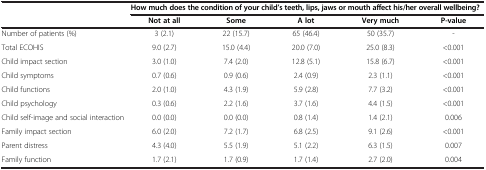
|  | <COLSPAN=5> How much does the condition of your child’s teeth, lips, jaws or mouth affect his/her overall wellbeing? |
 |  | Not at all | Some | A lot | Very much | P-value |
 | --- | --- | --- | --- | --- | --- |
 | Number of patients (%) | 3 (2.1) | 22 (15.7) | 65 (46.4) | 50 (35.7) | - |
 | Total ECOHIS | 9.0 (2.7) | 15.0 (4.4) | 20.0 (7.0) | 25.0 (8.3) | <0.001 |
 | Child impact section | 3.0 (1.0) | 7.4 (2.0) | 12.8 (5.1) | 15.8 (6.7) | <0.001 |
 | Child symptoms | 0.7 (0.6) | 0.9 (0.6) | 2.4 (0.9) | 2.3 (1.1) | <0.001 |
 | Child functions | 2.0 (1.0) | 4.3 (1.9) | 5.9 (2.8) | 7.7 (3.2) | <0.001 |
 | Child psychology | 0.3 (0.6) | 2.2 (1.6) | 3.7 (1.6) | 4.4 (1.5) | <0.001 |
 | Child self-image and social interaction | 0.0 (0.0) | 0.0 (0.0) | 0.8 (1.4) | 1.4 (2.1) | 0.006 |
 | Family impact section | 6.0 (2.0) | 7.2 (1.7) | 6.8 (2.5) | 9.1 (2.6) | <0.001 |
 | Parent distress | 4.3 (4.0) | 5.5 (1.9) | 5.1 (2.2) | 6.3 (1.5) | 0.007 |
 | Family function | 1.7 (2.1) | 1.7 (0.9) | 1.7 (1.4) | 2.7 (2.0) | 0.004 |